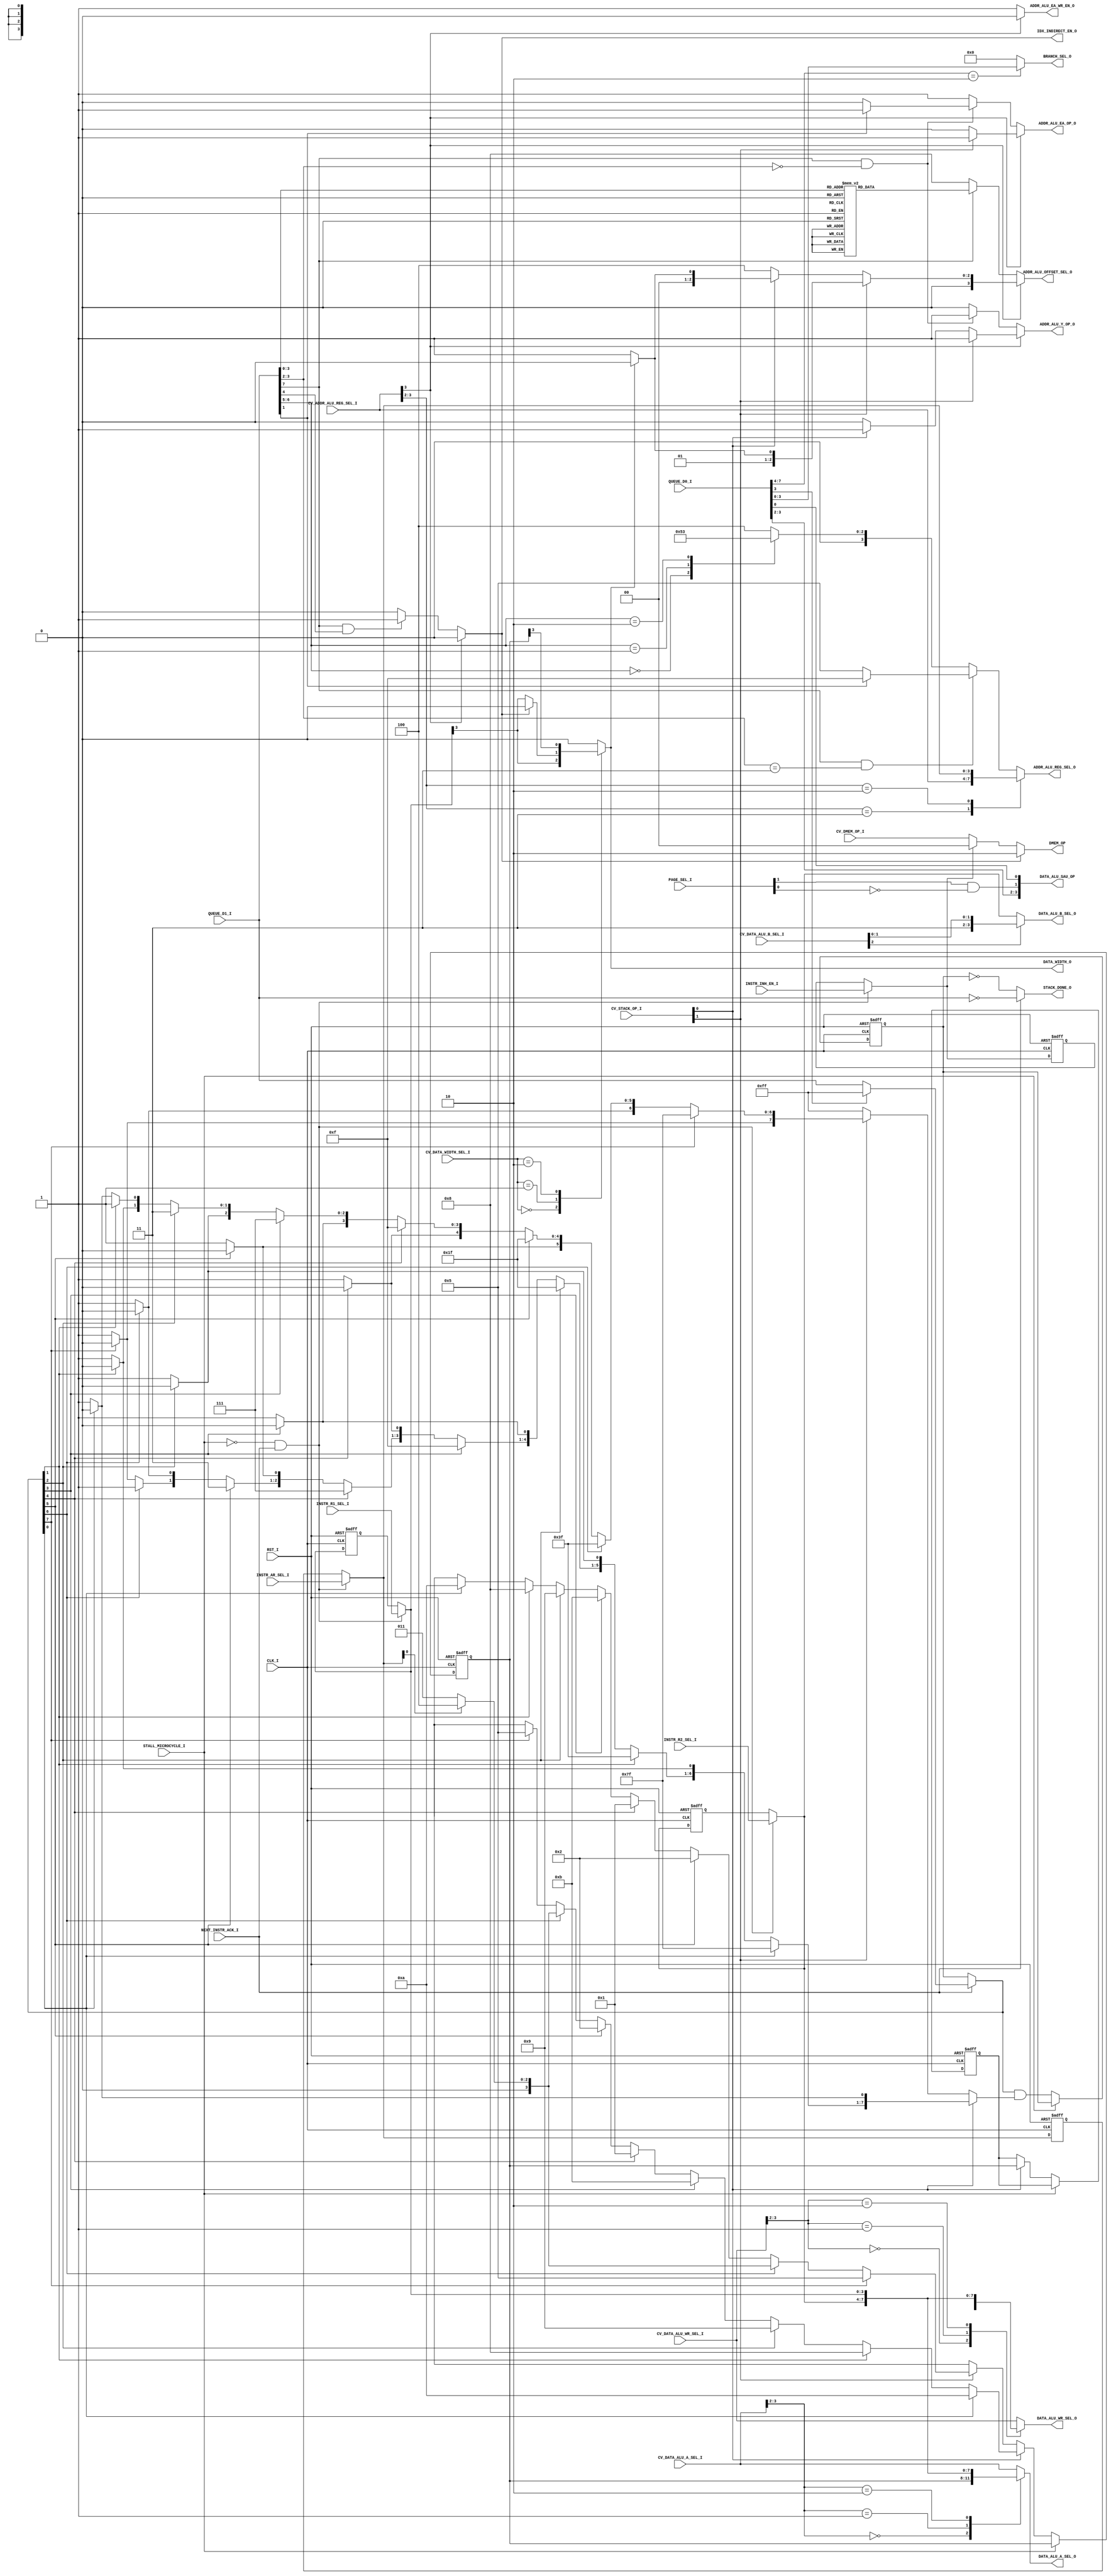
module turbo9_reg_addr_ctrl
(
  // Inputs: Clock & Reset
  input              RST_I,
  input              CLK_I,

  // Stall & Next Instruction ACK
  input              STALL_MICROCYCLE_I,
  input              NEXT_INSTR_ACK_I,

  // Instruction Queue
  //input        [7:0] QUEUE_D2_I,
  input        [7:0] QUEUE_D1_I,
  input        [7:0] QUEUE_D0_I,
  input        [1:0] PAGE_SEL_I,

  // Instrution Decoded Controls
  input              INSTR_INH_EN_I,
  input        [3:0] INSTR_R1_SEL_I,
  input        [3:0] INSTR_R2_SEL_I,
  input        [3:0] INSTR_AR_SEL_I,

  // Control Vector Register Selects
  input        [1:0] CV_DATA_WIDTH_SEL_I,
  input        [3:0] CV_DATA_ALU_A_SEL_I,
  input        [2:0] CV_DATA_ALU_B_SEL_I,
  input        [3:0] CV_DATA_ALU_WR_SEL_I,
  input        [3:0] CV_ADDR_ALU_REG_SEL_I,
  input        [1:0] CV_DMEM_OP_I,
  input        [1:0] CV_STACK_OP_I,

  // Data ALU 
  output  reg        DATA_WIDTH_O,
  output  reg  [3:0] DATA_ALU_A_SEL_O,
  output  reg  [3:0] DATA_ALU_B_SEL_O,
  output  reg  [3:0] DATA_ALU_WR_SEL_O,
  output       [3:0] DATA_ALU_SAU_OP,

  // Address ALU 
  output  reg  [3:0] ADDR_ALU_REG_SEL_O,
  output  reg  [3:0] ADDR_ALU_OFFSET_SEL_O,
  output  reg        ADDR_ALU_EA_WR_EN_O,
  output  reg        ADDR_ALU_EA_OP_O,
  output  reg        ADDR_ALU_Y_OP_O,

  // Other
  output  reg  [1:0] DMEM_OP,
  output  reg  [3:0] BRANCH_SEL_O,
  output             IDX_INDIRECT_EN_O,
  output             STACK_DONE_O
);

/////////////////////////////////////////////////////////////////////////////
//                             INTERNAL SIGNALS
/////////////////////////////////////////////////////////////////////////////

///////////////////// SAU_OP_I defines
//
///////////////////// SAU_OP_I defines
// opcode[3:0] | (Page2_en<<1)
// Page1
localparam SAU_EMUL  = 4'b0100; // 4 opcode = $14
localparam SAU_EMULS = 4'b0101; // 5 opcode = $15
localparam SAU_IDIV  = 4'b1000; // 8 opcode = $18
localparam SAU_DAA   = 4'b1001; // 9 opcode = $19
localparam SAU_MUL   = 4'b1101; // D opcode = $1D
// Page2
localparam SAU_EDIV  = 4'b0110; // 6 opcode = $1014
localparam SAU_EDIVS = 4'b0111; // 7 opcode = $1015
localparam SAU_IDIVS = 4'b1010; // A opcode = $1018
localparam SAU_FDIV  = 4'b1011; // B opcode = $1019
//
//assign DATA_ALU_SAU_OP = (page2_en) ? {QUEUE_D1_I[3:2],page2_en,QUEUE_D1_I[0]} : // INFO: Partial decode
//                                      {QUEUE_D0_I[3:2],page2_en,QUEUE_D0_I[0]} ; // INFO: Partial decode


//////////////////////////////////////// CV_DMEM_OP_I defines
// Note this encoding is critical.
// MSB is a "one-hot"
localparam  DMEM_OP_IDLE  = 2'b00; // EQU $0
localparam  DMEM_OP_RD    = 2'b10; // EQU $2
localparam  DMEM_OP_WR    = 2'b11; // EQU $3

/*
; ///////////////////////////////////////// cv_DATA_ALU_A_SEL definition
ctrl_vec_begin cv_DATA_ALU_A_SEL 4
  ZERO         EQU $F ; = 4'b1111,
  IDATA        EQU $E ; = 4'b1110,
  DMEM_RD      EQU $D ; = 4'b1101,
  EA           EQU $C ; = 4'b1100,
  R1           EQU $8 ; = 4'b10xx, // Partially decoded!
  R2           EQU $4 ; = 4'b01xx, // Partially decoded!
  STACK_REG    EQU $0 ; = 4'b00xx, // Partially decoded!
ctrl_vec_end

; ///////////////////////////////////////// cv_DATA_ALU_B_SEL definition
ctrl_vec_begin cv_DATA_ALU_B_SEL 3
  ZERO         EQU $7 ; = 3'b111,
  IDATA        EQU $6 ; = 3'b110,
  DMEM_RD      EQU $5 ; = 3'b101,
  EA           EQU $4 ; = 3'b100,
  R2           EQU $0 ; = 3'b0xx, // Partially decoded!
ctrl_vec_end

; ///////////////////////////////////////// cv_DATA_ALU_WR_SEL definition
ctrl_vec_begin cv_DATA_ALU_WR_SEL 4
  ZERO         EQU $F ; = 4'b1111,
  IDATA        EQU $E ; = 4'b1110,
  DMEM_RD      EQU $D ; = 4'b1101,
  EA           EQU $C ; = 4'b1100,
  R1           EQU $8 ; = 4'b10xx, // Partially decoded!
  R2           EQU $4 ; = 4'b01xx, // Partially decoded!
  STACK_REG    EQU $0 ; = 4'b00xx, // Partially decoded!
ctrl_vec_end

; ///////////////////////////////////////// cv_ADDR_ALU_REG_SEL definition
ctrl_vec_begin cv_ADDR_ALU_REG_SEL 4
  ZERO         EQU $F ; = 4'b1111,
  IDATA        EQU $E ; = 4'b1110,
  DMEM_RD      EQU $D ; = 4'b1101,
  EA           EQU $C ; = 4'b1100,
  AR           EQU $8 ; = 4'b1000, // Partially decoded!
 ;INDEXED      EQU $4 ; = 4'b0100, // Partially decoded!
  INDEXED      EQU $0 ; = 4'b0000, // Partially decoded!
ctrl_vec_end
*/

//////////////////////////////////////// CV_DATA_WIDTH_SEL_I defines
//
localparam W_R1         = 2'h0;
localparam W_R1_OR_IND  = 2'h1;
localparam W_STACK_REG  = 2'h2;
localparam W_16         = 2'h3;

//////////////////////////////////////// DATA_ALU_WIDTH_I defines
//
// This must match the MSB of the *_REG_SEL control vectors
localparam  WIDTH_16 =  1'b0;
localparam  WIDTH_8  =  1'b1;


//////////////////////////////////////// CV_STACK_OP_I Defines
//
// Encoding is critical
localparam STACK_OP_IDLE = 2'b00;
localparam STACK_OP_PULL = 2'b01;
localparam STACK_OP_PUSH = 2'b10;


// ADDR_ALU_REG_SEL_O - Index Register Select Decoding 
localparam  ZERO                  = 4'b1111;
localparam  IDATA                 = 4'b1110;
localparam  DMEM_RD               = 4'b1101;
localparam  EA                    = 4'b1100;
localparam  DPR                   = 4'b1011;
localparam  CCR                   = 4'b1010;
localparam  B                     = 4'b1001;
localparam  A                     = 4'b1000;
localparam  SEXB                  = 4'b0111;
//localparam                      = 4'b0110;
localparam  PC                    = 4'b0101;
localparam  S                     = 4'b0100;
localparam  U                     = 4'b0011;
localparam  Y                     = 4'b0010;
localparam  X                     = 4'b0001;
localparam  D                     = 4'b0000;
localparam  IDX_REG_SEL_DONT_CARE = 4'bxxxx;


// ADDR_ALU_OFFSET_SEL_O - Index Offset Select Decoding
localparam  OFFSET_SEL_POS1      = 4'b0000;
localparam  OFFSET_SEL_POS2      = 4'b0001;
localparam  OFFSET_SEL_NEG1      = 4'b0010;
localparam  OFFSET_SEL_NEG2      = 4'b0011;
localparam  OFFSET_SEL_ZERO      = 4'b0100;
localparam  OFFSET_SEL_B         = 4'b0101;
localparam  OFFSET_SEL_A         = 4'b0110;
localparam  OFFSET_SEL_D         = 4'b0111;
localparam  OFFSET_SEL_IDATA     = 4'b1000;
localparam  OFFSET_SEL_DONT_CARE = 4'bxxxx;

//////////////////////////////////////// ADDR_ALU_EA_OP_I / ADDR_ALU_Y_OP_I defines
//
localparam  EQU_REG = 1'b0;
localparam  EQU_SUM = 1'b1;


reg [7:0] opcode;
reg [7:0] idx_postbyte;
reg       idx_indirect_en;
assign DATA_ALU_SAU_OP = {opcode[3:2],page2_en,opcode[0]} ; // INFO: Partial decode

reg [7:0]   stk_postbyte;
reg [7:0]   stk_postbyte_msk;
reg [7:0]   stk_postbyte_nxt;
reg [7:0]   stk_postbyte_reg;
localparam  stk_postbyte_rst = 8'h00;

reg  [3:0]  stk_a_sel_nxt;
reg  [3:0]  stk_a_sel_reg;
localparam  stk_a_sel_rst = 4'h0;

reg  [3:0]  stk_wr_sel_reg;
localparam  stk_wr_sel_rst = 4'h0;

reg         stack_done;

reg         page1_en;
reg         page2_en;
reg         page3_en;

//////////////////////////////////////// Instruction Decoded Fields
//
reg          instr_inh_en;
reg          instr_inh_en_reg;
localparam   instr_inh_en_rst = 1'b0; 

reg    [3:0] instr_r1_sel;
reg    [3:0] instr_r1_sel_reg;
localparam   instr_r1_sel_rst = 4'b0101; //INFO: PC reg_sel_type 

reg    [3:0] instr_r2_sel;
reg    [3:0] instr_r2_sel_reg;
localparam   instr_r2_sel_rst = 4'b1101; //INFO: DMEM_RD reg_sel_type

reg    [3:0] instr_ar_sel;
reg    [3:0] instr_ar_sel_reg;
localparam   instr_ar_sel_rst = 4'b0000;

/////////////////////////////////////////////////////////////////////////////

/////////////////////////////////////////////////////////////////////////////
//                                LOGIC
/////////////////////////////////////////////////////////////////////////////

// Decode DATA_ALU_A_SEL_O
always @* begin
  case (CV_DATA_ALU_A_SEL_I[3:2]) // INFO: Partial decode 
    2'b00   : DATA_ALU_A_SEL_O = stk_a_sel_reg;
    2'b01   : DATA_ALU_A_SEL_O = instr_r2_sel;
    2'b10   : DATA_ALU_A_SEL_O = instr_r1_sel;
    default : DATA_ALU_A_SEL_O = CV_DATA_ALU_A_SEL_I; // 2'b11
  endcase
end

// Decode DATA_ALU_B_SEL_O
always @* begin
  case (CV_DATA_ALU_B_SEL_I[2]) // INFO: Partial decode 
    1'b0    : DATA_ALU_B_SEL_O = instr_r2_sel;
    default : DATA_ALU_B_SEL_O = {1'b1, CV_DATA_ALU_B_SEL_I}; // 1'b1
  endcase
end

// Decode DATA_ALU_WR_SEL_O
always @* begin
  case (CV_DATA_ALU_WR_SEL_I[3:2]) // INFO: Partial decode 
    2'b00   : DATA_ALU_WR_SEL_O = stk_wr_sel_reg;
    2'b01   : DATA_ALU_WR_SEL_O = instr_r2_sel;
    2'b10   : DATA_ALU_WR_SEL_O = instr_r1_sel;
    default : DATA_ALU_WR_SEL_O = CV_DATA_ALU_WR_SEL_I; // 2'b11
  endcase
end

// Decode DATA_WIDTH_O
always @* begin
  case (CV_DATA_WIDTH_SEL_I)
    W_R1          : DATA_WIDTH_O = instr_r1_sel[3];
    W_R1_OR_IND   : DATA_WIDTH_O = (idx_indirect_en) ? WIDTH_16 : instr_r1_sel[3];
    W_STACK_REG   : DATA_WIDTH_O = stk_a_sel_reg[3];
    default       : DATA_WIDTH_O = WIDTH_16; // W_16
  endcase
end

// Decode DMEM_OP
always @* begin
  if (idx_indirect_en) begin
    DMEM_OP = DMEM_OP_RD;
  end else if (instr_inh_en) begin
    DMEM_OP = DMEM_OP_IDLE;
  end else begin
    DMEM_OP = CV_DMEM_OP_I;
  end
end

// Decode ADDR_ALU_REG_SEL_O
always @* begin
  case (CV_ADDR_ALU_REG_SEL_I[3:2]) // INFO: Partial decode 
    2'b11   : ADDR_ALU_REG_SEL_O = CV_ADDR_ALU_REG_SEL_I;
    2'b10   : ADDR_ALU_REG_SEL_O = instr_ar_sel;
    default : begin // 2'b0x (INDEXED)
      if ((idx_postbyte[7] == 1'b1) && (idx_postbyte[3:2] == 2'b11)) begin
        case (idx_postbyte[1])
          1'b0    : ADDR_ALU_REG_SEL_O = PC;
          default : ADDR_ALU_REG_SEL_O = ZERO; // 1'b1
        endcase
      end else begin
        case (idx_postbyte[6:5])
          2'b00   : ADDR_ALU_REG_SEL_O = X;
          2'b01   : ADDR_ALU_REG_SEL_O = Y;
          2'b10   : ADDR_ALU_REG_SEL_O = U;
          default : ADDR_ALU_REG_SEL_O = S; // 2'b11
        endcase
      end
    end
  endcase
end

 
// Decode ADDR_ALU_OFFSET_SEL_O
always @* begin
  if (~CV_ADDR_ALU_REG_SEL_I[3]) begin // Partial decode for INDEXED
    if (idx_postbyte[7] == 1'b1) begin
      case (idx_postbyte[3:0]) // FIXME optimize undefined
        4'b0000 : ADDR_ALU_OFFSET_SEL_O = OFFSET_SEL_POS1;  
        4'b0001 : ADDR_ALU_OFFSET_SEL_O = OFFSET_SEL_POS2;
        4'b0010 : ADDR_ALU_OFFSET_SEL_O = OFFSET_SEL_NEG1; 
        4'b0011 : ADDR_ALU_OFFSET_SEL_O = OFFSET_SEL_NEG2;
        //
        4'b0100 : ADDR_ALU_OFFSET_SEL_O = OFFSET_SEL_ZERO;
        4'b0101 : ADDR_ALU_OFFSET_SEL_O = OFFSET_SEL_B;
        4'b0110 : ADDR_ALU_OFFSET_SEL_O = OFFSET_SEL_A;
        4'b0111 : ADDR_ALU_OFFSET_SEL_O = OFFSET_SEL_D;    
        //
        4'b1000 : ADDR_ALU_OFFSET_SEL_O = OFFSET_SEL_IDATA; //  8 bit (signed)
        4'b1001 : ADDR_ALU_OFFSET_SEL_O = OFFSET_SEL_IDATA; // 16 bit (signed)
        4'b1010 : ADDR_ALU_OFFSET_SEL_O = OFFSET_SEL_D;
        4'b1011 : ADDR_ALU_OFFSET_SEL_O = OFFSET_SEL_D;
        //
        4'b1100 : ADDR_ALU_OFFSET_SEL_O = OFFSET_SEL_IDATA; //  8 bit (signed)
        4'b1101 : ADDR_ALU_OFFSET_SEL_O = OFFSET_SEL_IDATA; // 16 bit (signed)
        4'b1110 : ADDR_ALU_OFFSET_SEL_O = OFFSET_SEL_IDATA; //  8 bit (signed)
        default : ADDR_ALU_OFFSET_SEL_O = OFFSET_SEL_IDATA; // 16 bit (signed) 4'b1111
      endcase
    end else begin
      ADDR_ALU_OFFSET_SEL_O = OFFSET_SEL_IDATA; //  5 bit (signed)
    end
  end else if (CV_STACK_OP_I[1]) begin // INFO: Partial decode for STACK_OP_PUSH
    if (DATA_WIDTH_O == WIDTH_16) begin
      ADDR_ALU_OFFSET_SEL_O = OFFSET_SEL_NEG2;
    end else begin
      ADDR_ALU_OFFSET_SEL_O = OFFSET_SEL_NEG1;
    end
  end else if (CV_STACK_OP_I[0]) begin // INFO: Partial decode for STACK_OP_PULL
    if (DATA_WIDTH_O == WIDTH_16) begin
      ADDR_ALU_OFFSET_SEL_O = OFFSET_SEL_POS2;
    end else begin
      ADDR_ALU_OFFSET_SEL_O = OFFSET_SEL_POS1;
    end
  end else begin
    ADDR_ALU_OFFSET_SEL_O = OFFSET_SEL_ZERO;
  end
end                
                   

// ADDR_ALU EA & Y Decoding
always @* begin
  if (~CV_ADDR_ALU_REG_SEL_I[3]) begin // INFO: Partial decode for INDEXED
    //
    ADDR_ALU_EA_WR_EN_O = 1'b1; // Write EA for all indexed addressing
    //
    if ((idx_postbyte[7] == 1'b1) && (idx_postbyte[3:2] == 2'b00)) begin
      //
      ADDR_ALU_Y_OP_O  = EQU_SUM; // Update Reg, Pre or Post
      //
      case (idx_postbyte[1])
        1'b0    : ADDR_ALU_EA_OP_O = EQU_REG; // POST
        default : ADDR_ALU_EA_OP_O = EQU_SUM; // PRE 1'b1
      endcase
    end else begin
      ADDR_ALU_EA_OP_O = EQU_SUM; // EA = REG + OFFSET
      ADDR_ALU_Y_OP_O  = EQU_REG; // REG not updated
    end
  end else if (CV_STACK_OP_I[1]) begin // INFO: Partial decode for STACK_OP_PUSH
    ADDR_ALU_EA_WR_EN_O = 1'b0; // Dont write EA for stack addressing
    ADDR_ALU_Y_OP_O     = EQU_SUM; // Update Reg, Pre or Post
    ADDR_ALU_EA_OP_O    = EQU_SUM; // PRE
  end else if (CV_STACK_OP_I[0]) begin // INFO: Partial decode for STACK_OP_PULL
    ADDR_ALU_EA_WR_EN_O = 1'b0; // Dont write EA for stack addressing
    ADDR_ALU_Y_OP_O     = EQU_SUM; // Update Reg, Pre or Post
    ADDR_ALU_EA_OP_O    = EQU_REG; // POST
  end else begin // Not Indexed, just pass the REG as address
    ADDR_ALU_EA_WR_EN_O  = 1'b0;
    ADDR_ALU_EA_OP_O     = EQU_REG; // EA = Pass REG
    ADDR_ALU_Y_OP_O      = EQU_REG; // REG not updated
  end
end

// Index Indirect Decoding
always @* begin
  if (~CV_ADDR_ALU_REG_SEL_I[3]) begin // INFO: Partial decode for INDEXED
    if ((idx_postbyte[7] == 1'b1) &&  (idx_postbyte[4] == 1'b1)) begin
      idx_indirect_en = 1'b1;
    end else begin
      idx_indirect_en = 1'b0;
    end
  end else begin
    idx_indirect_en = 1'b0;
  end
end

// Branch Pointer Decoding
always @* begin
  if (opcode[7:4] == 4'h2) begin
    BRANCH_SEL_O = opcode[3:0];
  end else begin
    BRANCH_SEL_O = 4'b0000; // LBRA LBSR BSR
  end
end

// Sequential Arithmetic Unit Decoding
//
// DAA  19  0001_1001
// MUL  3D  0011_1101
//

/////////////////////////////////////////////////////////////////////////////
//                       Prebyte Logic 
/////////////////////////////////////////////////////////////////////////////
// Select Page 1, 2 or 3 Decoding
always @* begin
/*
  case (QUEUE_D0_I)
    stk_postbyte  = QUEUE_D1_I;
    //
    8'h11,        // Page 3 Instructions
    8'h10 : begin // Page 2 Instructions
      opcode        = QUEUE_D1_I;
      idx_postbyte  = QUEUE_D2_I;
      page1_en      = 1'b0;
      page2_en      = ~QUEUE_D0_I[0];
      page3_en      =  QUEUE_D0_I[0];
    end
    //
    default : begin // Page 1 Instructions
      opcode        = QUEUE_D0_I;
      idx_postbyte  = QUEUE_D1_I;
      page1_en      = 1'b1;
      page2_en      = 1'b0;
      page3_en      = 1'b0;
    end
    //
  endcase
*/
  stk_postbyte  = QUEUE_D1_I;
  opcode        = QUEUE_D0_I;
  idx_postbyte  = QUEUE_D1_I;
  page1_en      = ~PAGE_SEL_I[1];
  page2_en      =  PAGE_SEL_I[1] & ~PAGE_SEL_I[0];
  page3_en      =  PAGE_SEL_I[1] &  PAGE_SEL_I[0];
end
//
/////////////////////////////////////////////////////////////////////////////


/////////////////////////////////////////////////////////////////////////////
//        Maintain Instruction Decodes for Multiple Micro Cycles
/////////////////////////////////////////////////////////////////////////////
//
always @(posedge CLK_I, posedge RST_I) begin
  if (RST_I) begin
    //
    instr_inh_en_reg      <= instr_inh_en_rst;
    instr_r1_sel_reg      <= instr_r1_sel_rst;
    instr_r2_sel_reg      <= instr_r2_sel_rst;
    instr_ar_sel_reg      <= instr_ar_sel_rst;
    //
  end else begin
    //
    if (~STALL_MICROCYCLE_I & NEXT_INSTR_ACK_I) begin
      //
      instr_inh_en_reg      <= INSTR_INH_EN_I; 
      instr_r1_sel_reg      <= INSTR_R1_SEL_I;
      instr_r2_sel_reg      <= INSTR_R2_SEL_I;
      instr_ar_sel_reg      <= INSTR_AR_SEL_I;
      //
    end
  end
end

always @* begin
  if (~STALL_MICROCYCLE_I & NEXT_INSTR_ACK_I) begin // FIXME ~STALL_MICROCYCLE_I needed?
    instr_inh_en   = INSTR_INH_EN_I;
    instr_r1_sel   = INSTR_R1_SEL_I;
    instr_r2_sel   = INSTR_R2_SEL_I;
    instr_ar_sel   = INSTR_AR_SEL_I;
  end else begin
    instr_inh_en   = instr_inh_en_reg;
    instr_r1_sel   = instr_r1_sel_reg;
    instr_r2_sel   = instr_r2_sel_reg;
    instr_ar_sel   = instr_ar_sel_reg;
  end
end
//
/////////////////////////////////////////////////////////////////////////////


/////////////////////////////////////////////////////////////////////////////
//                    Stack Postbyte Decode Logic
/////////////////////////////////////////////////////////////////////////////
//
always @* begin
  if (NEXT_INSTR_ACK_I) begin 
    if (QUEUE_D0_I[3] == 1'b0) begin // INFO: Partial decode for PSHS,PULS,PSHU,PULU opcode
      stk_postbyte_nxt = stk_postbyte;
    end else begin
      stk_postbyte_nxt = 8'hFF;
    end
    //
    stack_done = (stk_postbyte == 8'h00);
  end else begin
    stk_postbyte_nxt = stk_postbyte_reg;
    //
    stack_done = (stk_postbyte_reg == 8'h00);
  end
end                

always @* begin
  //Defaults
  stk_postbyte_msk   = 8'b1111_1111;
  stk_a_sel_nxt   = 4'hx; //INFO: Don't care!

  if (CV_STACK_OP_I[0]) begin // INFO: Partial Decode STACK_OP_PULL! // FIXME maybe seperate this logic
         if (stk_postbyte_nxt[0]) begin stk_postbyte_msk[0] = 1'b0; stk_a_sel_nxt =  CCR;                       end
    else if (stk_postbyte_nxt[1]) begin stk_postbyte_msk[1] = 1'b0; stk_a_sel_nxt =  A;                         end
    else if (stk_postbyte_nxt[2]) begin stk_postbyte_msk[2] = 1'b0; stk_a_sel_nxt =  B;                         end
    else if (stk_postbyte_nxt[3]) begin stk_postbyte_msk[3] = 1'b0; stk_a_sel_nxt =  DPR;                       end
    else if (stk_postbyte_nxt[4]) begin stk_postbyte_msk[4] = 1'b0; stk_a_sel_nxt =  X;                         end 
    else if (stk_postbyte_nxt[5]) begin stk_postbyte_msk[5] = 1'b0; stk_a_sel_nxt =  Y;                         end
    else if (stk_postbyte_nxt[6]) begin stk_postbyte_msk[6] = 1'b0; stk_a_sel_nxt =  (instr_ar_sel[0]) ? S : U; end  
    else if (stk_postbyte_nxt[7]) begin stk_postbyte_msk[7] = 1'b0; stk_a_sel_nxt =  PC;                        end
  end else if (CV_STACK_OP_I[1]) begin // INFO: Partial Decode STACK_OP_PUSH!
         if (stk_postbyte_nxt[7]) begin stk_postbyte_msk[7] = 1'b0; stk_a_sel_nxt =  PC;                        end
    else if (stk_postbyte_nxt[6]) begin stk_postbyte_msk[6] = 1'b0; stk_a_sel_nxt =  (instr_ar_sel[0]) ? S : U; end  
    else if (stk_postbyte_nxt[5]) begin stk_postbyte_msk[5] = 1'b0; stk_a_sel_nxt =  Y;                         end
    else if (stk_postbyte_nxt[4]) begin stk_postbyte_msk[4] = 1'b0; stk_a_sel_nxt =  X;                         end 
    else if (stk_postbyte_nxt[3]) begin stk_postbyte_msk[3] = 1'b0; stk_a_sel_nxt =  DPR;                       end
    else if (stk_postbyte_nxt[2]) begin stk_postbyte_msk[2] = 1'b0; stk_a_sel_nxt =  B;                         end
    else if (stk_postbyte_nxt[1]) begin stk_postbyte_msk[1] = 1'b0; stk_a_sel_nxt =  A;                         end
    else if (stk_postbyte_nxt[0]) begin stk_postbyte_msk[0] = 1'b0; stk_a_sel_nxt =  CCR;                       end
  end

end

always @(posedge CLK_I, posedge RST_I) begin
  if (RST_I) begin
    //
    stk_postbyte_reg  <= stk_postbyte_rst;
    stk_a_sel_reg     <= stk_a_sel_rst;
    stk_wr_sel_reg    <= stk_wr_sel_rst;
    //
  end else begin
    //
    if (~STALL_MICROCYCLE_I) begin
      //
      stk_postbyte_reg  <= stk_postbyte_nxt & stk_postbyte_msk;
      stk_a_sel_reg     <= stk_a_sel_nxt;
      if (CV_STACK_OP_I[0]) begin // INFO: Partial Decode STACK_OP_PULL!
        stk_wr_sel_reg  <= stk_a_sel_reg;
      end
      //
    end
  end
end
//
/////////////////////////////////////////////////////////////////////////////

/*

/////////////////// Stack Postbyte Notes
bit7 PC
bit6 U or S
bit5 Y
bit4 X
bit3 DP
bit2 B
bit1 A
bit0 CCR

                   postbyte_exg
EXG       'h1E     stk_postbyte                  // bit[7:4] = src, bit[3:0] = des
TFR       'h1F     stk_postbyte                  // bit[7:4] = src, bit[3:0] = des
                  
                   postbyte_stk
PSHS      'h34     stk_postbyte                  // push bit7 -> bit0
PULS      'h35     stk_postbyte                  // pull bit0 -> bit7
PSHU      'h36     stk_postbyte                  // push bit7 -> bit0
PULU      'h37     stk_postbyte                  // pull bit0 -> bit7

BSR       'h8D     8'h80                       // push, PC
JSR (dir) 'h9D     8'h80                       // push, PC
JSR (idx) 'hAD     8'h80                       // push, PC
JSR (ext) 'hBD     8'h80                       // push, PC
LBSR      'h17     8'h80                       // push, PC
RTS       'h39     8'h80                       // pull, PC
RTI       'h3B     if (cc.e) 8'hFF else 8'h80  // pull, must wait for E from previous instruction
CWAI      'h3C     8'hFF                       // push, QUEUE_D1 anded with CC, E always set
SWI       'h3F     8'hFF                       // Set E, push all regs, set I & F
SWI2      'h103F   8'hFF                       // Set E, push all regs
SWI3      'h113F   8'hFF                       // Set E, push all regs
RESET     '3E      

/////////////////// Partial Decoding for postbyte
00   0000 0000 
33   0011 0011
     00?? 00?? Page2 or Page3 SWI2,SWI3 (8'hFF)
                                       
04   0000 0100                          
17   0001 0111                         
     000? 01?? LBSR (8'h80)
                                       
24   0010 0100                          
37   0011 0111                         
     001? 01?? PSHS,PULS,PSHU,PULU (stk_postbyte)
                                       
08   0000 1000                          
3B   0011 1011                         
     00?? 10?? RTS,RTI (8'h80)
                                       
0C   0000 1100                          
1F   0001 1111                         
     000? 11?? EXG,TFR (stk_postbyte)
                                       
2C   0010 1100                          
3F   0011 1111                         
     001? 11?? CWAI,SWI (8'hFF)
                                       
40   0100 0000                          
FF   1111 1111                         
     ?1?? ???? BSR,JSR (8'h80)

06   0000 0110
FF   1111 1111

0F   0000 1111
F6   1111 0110
     ???? ?11? U Stack pointer
 

*/

/////////////////////////////////////////////////////////////////////////////

/////////////////////////////////////////////////////////////////////////////
//                            ASSIGN OUPUTS
/////////////////////////////////////////////////////////////////////////////
//

assign IDX_INDIRECT_EN_O = idx_indirect_en;
assign STACK_DONE_O      = stack_done;

//
/////////////////////////////////////////////////////////////////////////////

endmodule